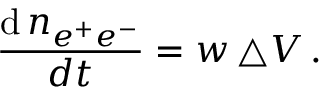
\frac { \mathrm { d } \, n _ { e ^ { + } e ^ { - } } } { d t } = w \, \triangle V \, .